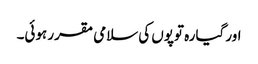
اور گیارہ توپوں کی سلامی مقرر ہوئی۔